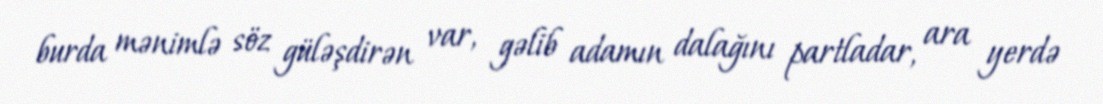
burda mənimlə söz güləşdirən var, gəlib adamın dalağını partladar, ara yerdə